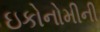
ઇકોનોમીની